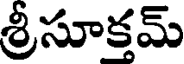
శ్రీసూక్తమ్